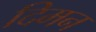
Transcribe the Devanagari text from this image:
दिमन